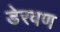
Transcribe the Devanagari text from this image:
डेरवण